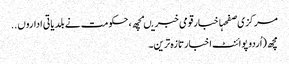
مرکزی صفحہاخبارقومی خبریںمچھ، حکومت نے بلدیاتی اداروں ..
مچھ (اُردو پوائنٹ اخبارتازہ ترین۔